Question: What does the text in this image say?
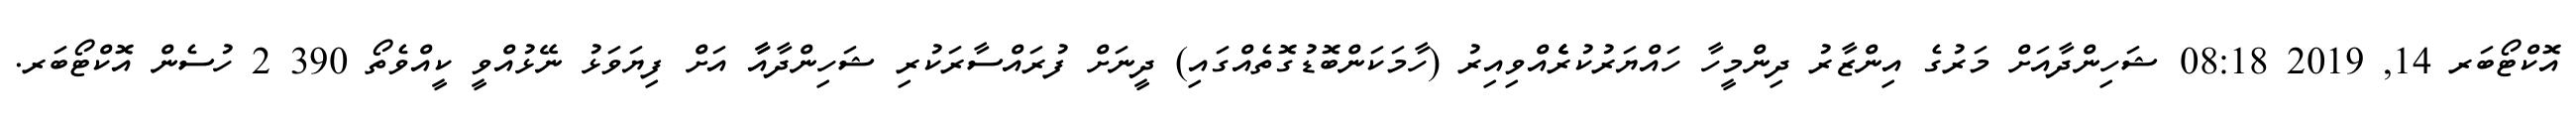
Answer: އޮކްޓޯބަރ 14, 2019 08:18 ޝަހިންދާއަށް މަރުގެ އިންޒާރު ދިންމީހާ ހައްޔަރުކުރެެެެެއްވިއިރު (ހާމަކަންބޮޑުގޮތެއްގައި) ދީނަށް ފުރައްސާރަކުރި ޝަހިންދާއާާ އަށް ފިޔަވަޅު ނޭޅުއްވީ ކީއްވެތޯ 390 2 ހުސެން އޮކްޓޯބަރ.